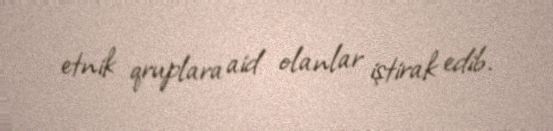
etnik qruplara aid olanlar iştirak edib.